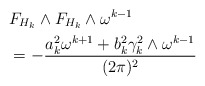
\begin{align*}&F_{H_{k}}\wedge F_{H_{k}}\wedge\omega^{k-1}\\&=-\frac{a_{k}^{2}\omega^{k+1}+b_{k}^{2}\gamma_{k}^{2}\wedge\omega^{k-1}}{(2\pi)^{2}}\\\end{align*}